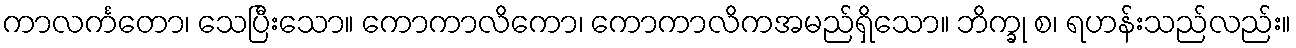
ကာလင်္ကတော၊ သေပြီးသော။ ကောကာလိကော၊ ကောကာလိကအမည်ရှိသော။ ဘိက္ခု စ၊ ရဟန်းသည်လည်း။